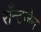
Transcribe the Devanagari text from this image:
राँन्टजेन